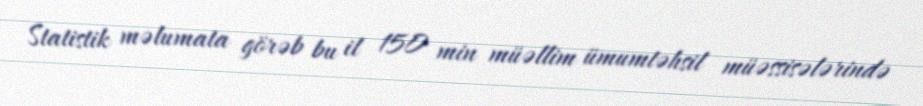
Statistik məlumata görəb bu il 150 min müəllim ümumtəhsil müəssisələrində